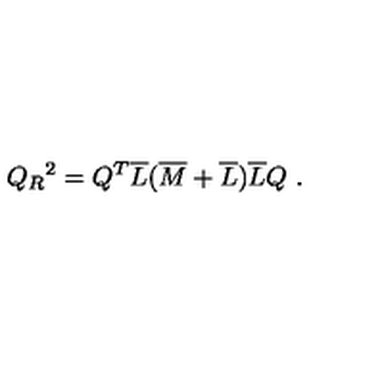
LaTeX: Q _ { R } { } ^ { 2 } = Q ^ { T } \overline { { L } } ( \overline { { M } } + \overline { { L } } ) \overline { { L } } Q \ .